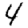
Digit: 4